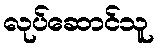
လုပ်ဆောင်သူ